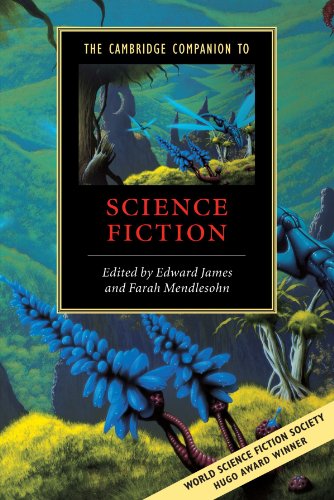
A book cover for The Cambridge Companion to Science Fiction (Cambridge Companions to Literature); Science Fiction & Fantasy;